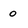
Character: 0